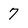
Character: 7